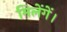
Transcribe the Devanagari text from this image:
मिलेंगें।